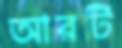
আরটি